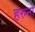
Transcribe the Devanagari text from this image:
हरुनो